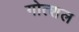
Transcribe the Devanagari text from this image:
गोत्शल